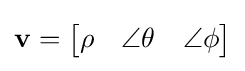
\mathbf {v} ={\begin{bmatrix}\rho &\angle \theta &\angle \phi \end{bmatrix}}